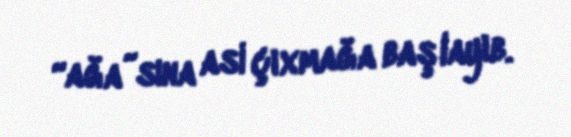
“ağa”sına asi çıxmağa başlayıb.